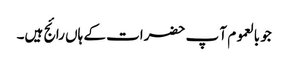
جو بالعموم آ پ حضرات کے ہاں رائج ہیں۔